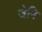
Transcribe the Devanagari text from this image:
जेमि